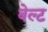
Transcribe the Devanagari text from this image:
बेल्‍ट